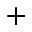
+